Plague in India, 1896, 1897 - Volume 2
Year: 1896
Disease focus: Plague
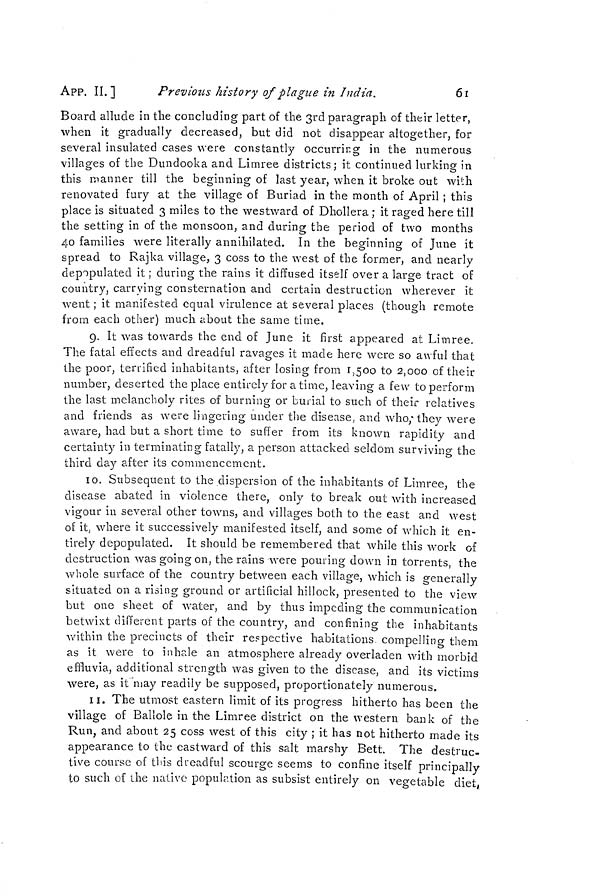
APP. II. ]
Previous history of plague in India.
6í
Board allude in the concluding part of the 3rd paragraph of their letter,
when it gradually decreased, but did not disappear altogether, for
several insulated cases were constantly occurring in the numerous
villages of the Dundooka and Limree districts; it continued lurking in
this manner till the beginning of last year, when it broke out with
renovated fury at the village of Buriad in the month of April ; this
place is situated 3 miles to the westward of Dhollera ; it raged here till
the setting in of the monsoon, and during the period of two months
40 families were literally annihilated. In the beginning of June it
spread to Rajka village, 3 coss to the west of the former, and nearly
depopulated it ; during the rains it diffused itself over a large tract of
country, carrying consternation and certain destruction wherever it
went ; it manifested equal virulence at several places (though remote
from each other) much about the same time.
9. It was towards the end of June it first appeared at Limree.
The fatal effects and dreadful ravages it made here were so awful that
the poor, terrified inhabitants, after losing from 1,500 to 2,000 of their
number, deserted the place entirely for a time, leaving a few to perform
the last melancholy rites of burning or Lurial to such of their relatives
and friends as were lingering under the disease, and who, they were
aware, had but a short time to suffer from its known rapidity and
certainty in terminating fatally, a person attacked seldom surviving the
third day after its commencement.
10. Subsequent to the dispersion of the inhabitants of Limree, the
disease abated in violence there, only to break out with increased
vigour in several other towns, and villages both to the east and west
of it, where it successively manifested itself, and some of which it en-
tirely depopulated. It should be remembered that while this work of
destruction was going on, the rains were pouring down in torrents, the
whole surface of the country between each village, which is generally
situated on a rising ground or artificial hillock, presented to the view
but one sheet of water, and by thus impeding the communication
betwixt different parts of the country, and confining the inhabitants
within the precincts of their respective habitations compelling them
as it were to inhale an atmosphere already overladen with morbid
effluvia, additional strength was given to the disease, and its victims
were, as it may readily be supposed, proportionately numerous.
11. The utmost eastern limit of its progress hitherto has been the
village of Bailóle in the Limree district on the western bank of the
Run, and about 25 coss west of this city ; it has not hitherto made its
appearance to the eastward of this salt marshy Bett. The destruc-
tive course of this dreadful scourge seems to confine itself principally
to such of the native population as subsist entirely on vegetable diet,